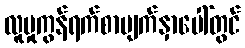
လူမှုကွန်ရက်စာမျက်နှာပေါ်တွင်